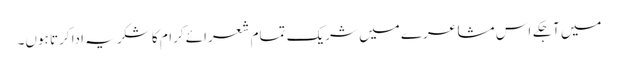
میں آجکے اس مشاعرے میں شریک تمام شعرائے کرام کا شکریہ ادا کرتا ہوں۔